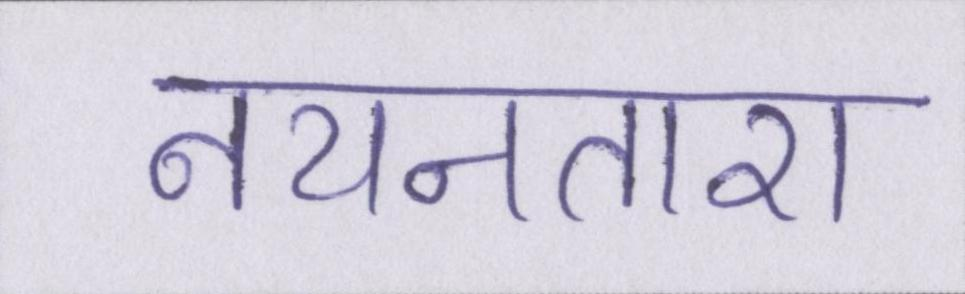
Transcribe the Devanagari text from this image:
नयनतारा